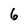
Character: 6